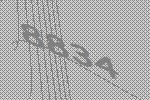
8834